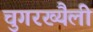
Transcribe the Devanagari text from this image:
चुगरख्यैली